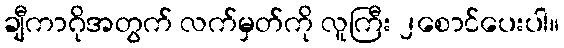
ချီကာဂိုအတွက် လက်မှတ်ကို လူကြီး ၂စောင်ပေးပါ။